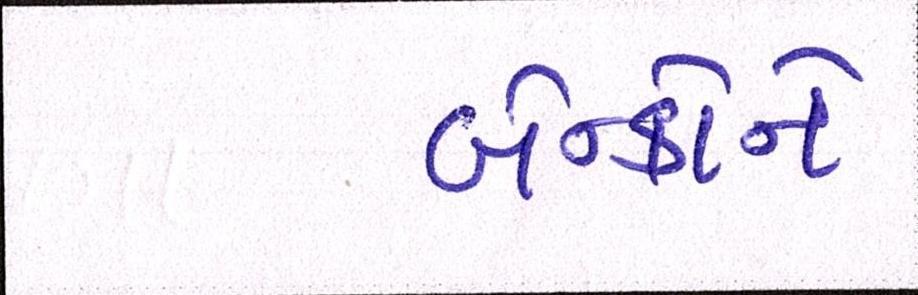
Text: બેન્કોને